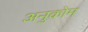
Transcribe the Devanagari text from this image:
अनुकोम